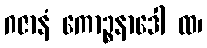
ဂဇာနံ ကောဉ္စနာဒေါ ထ၊